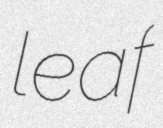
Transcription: leaf